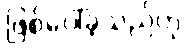
ဖြစ်ပေါ်ခဲ့သည်ဟု